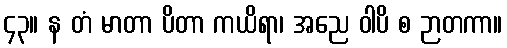
၄၃။ န တံ မာတာ ပိတာ ကယိရာ၊ အညေ ဝါပိ စ ဉာတကာ။